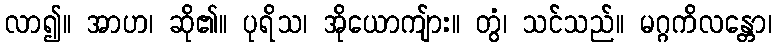
လာ၍။ အာဟ၊ ဆို၏။ ပုရိသ၊ အိုယောကျ်ား။ တွံ၊ သင်သည်။ မဂ္ဂကိလန္တော၊